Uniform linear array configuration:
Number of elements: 24
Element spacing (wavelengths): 0.25
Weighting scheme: cosine
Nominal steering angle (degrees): -60
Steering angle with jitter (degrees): -60.17
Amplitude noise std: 0.05
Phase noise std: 0.05

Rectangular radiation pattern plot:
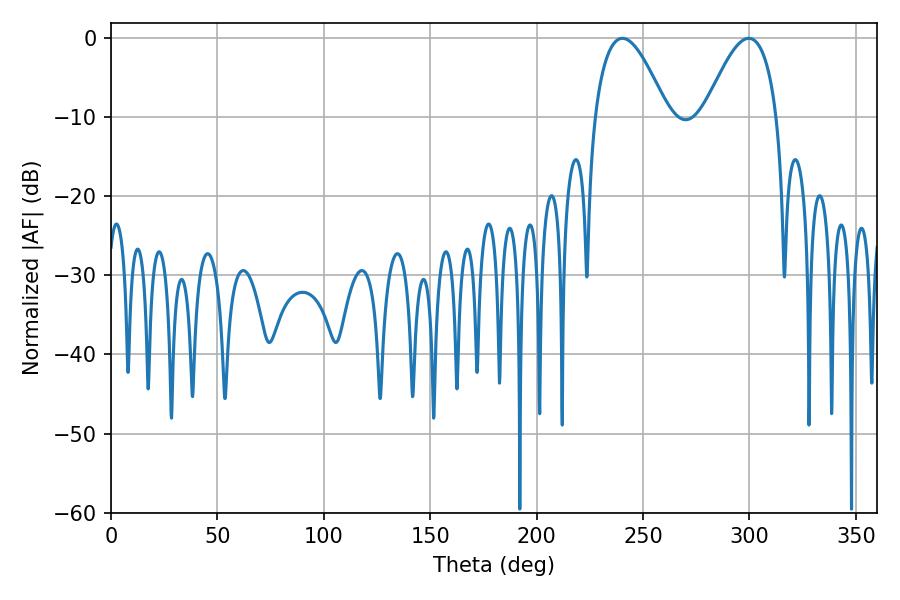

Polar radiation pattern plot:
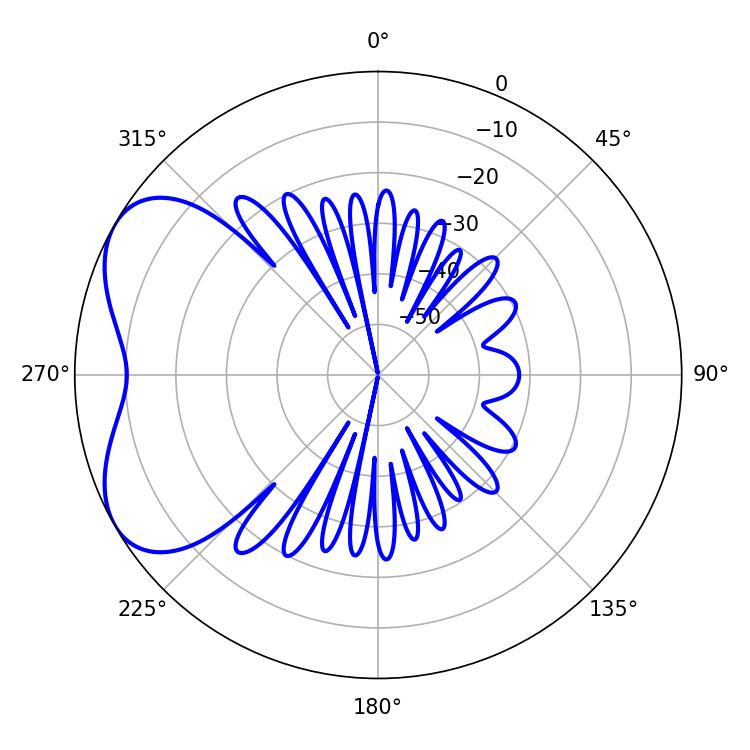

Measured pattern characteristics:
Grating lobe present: FALSE
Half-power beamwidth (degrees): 18.72
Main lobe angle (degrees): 240.3